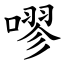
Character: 嘐